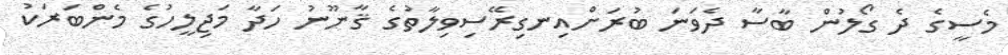
މެސީގެ ދެ ގޯލުން ބާސާ ދެވަނަ ބުރަށްއިނގިރޭސިވިލާތުގެ ޤާނޫނު ހަދާ މަޖިލީހުގެ މެންބަރަކު